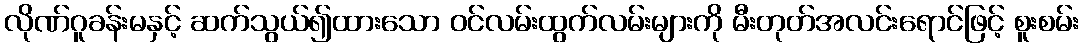
လိုဏ်ဂူခန်းမနှင့် ဆက်သွယ်၍ထားသော ဝင်လမ်းထွက်လမ်းများကို မီးတုတ်အလင်းရောင်ဖြင့် စူးစမ်း